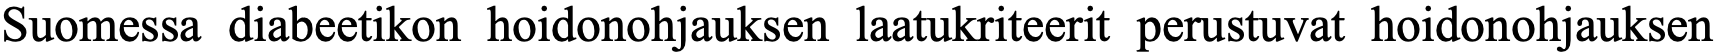
Suomessa diabeetikon hoidonohjauksen laatukriteerit perustuvat hoidonohjauksen